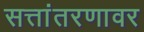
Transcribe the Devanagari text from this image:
सत्तांतरणावर